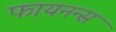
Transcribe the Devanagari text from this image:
फायनन्स